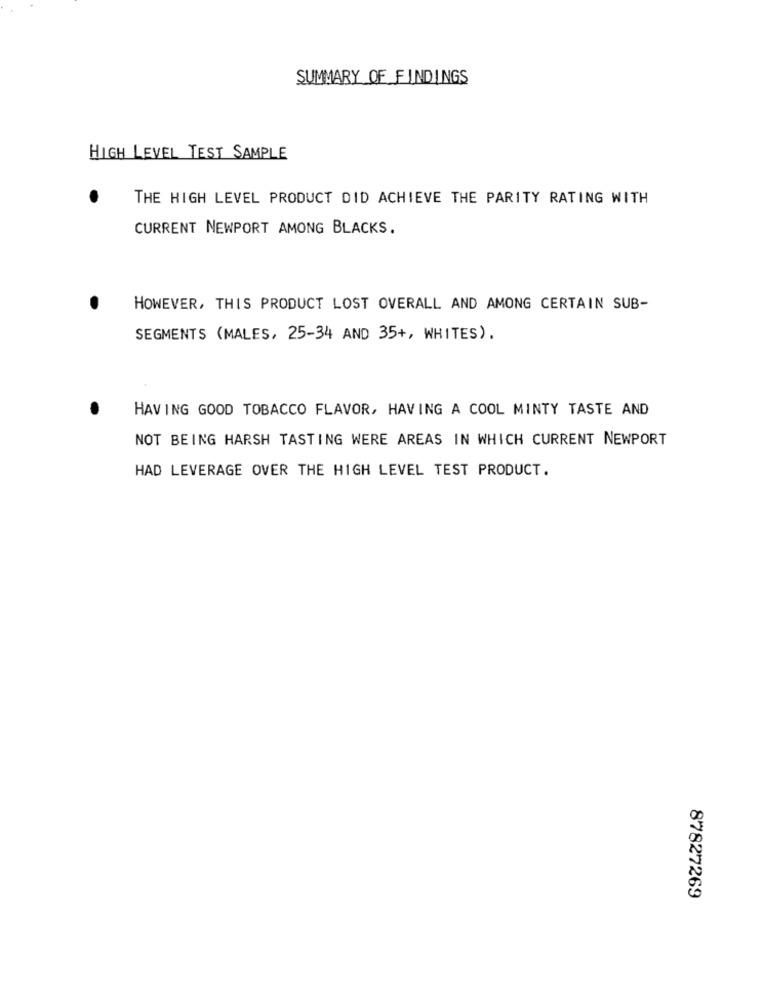
SUMMARY_OF _FINDINGS
HIGH LEVEL TEST SAMPLE
THE HIGH LEVEL PRODUCT DID ACHIEVE THE PARITY RATING WITH
CURRENT NEWPORT AMONG BLACKS.
HOWEVER, THIS PRODUCT LOST OVERALL AND AMONG CERTAIN SUB-
SEGMENTS (MALES, 25-34 AND 35+, WHITES).
HAVING GOOD TOBACCO FLAVOR, HAVING A COOL MINTY TASTE AND
NOT BEING HARSH TASTING WERE AREAS IN WHICH CURRENT NEWPORT
HAD LEVERAGE OVER THE HIGH LEVEL TEST PRODUCT.
87827269